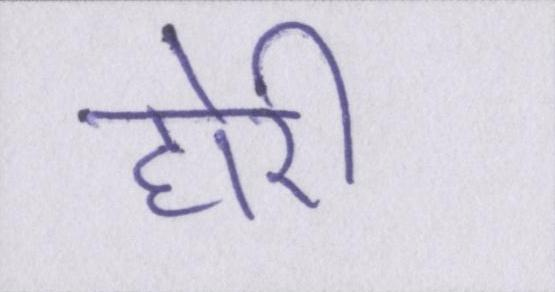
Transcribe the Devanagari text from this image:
होरी